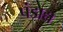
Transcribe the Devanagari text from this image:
पंडाद्य